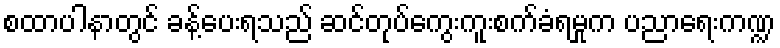
စထာပါနာတွင် ခန့်ပေးရသည် ဆင်တုပ်ကွေးကူးစက်ခံရမှုက ပညာရေးကဏ္ဍ